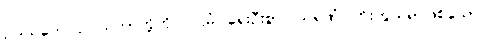
ဥပါသကေ၊ ဥပါသကာတို့ကို။ ပဌမံ၊ ရှေးဦးစွာ။ သရဏံ၊ ကိုးကွယ်ရာဖြစ်သော